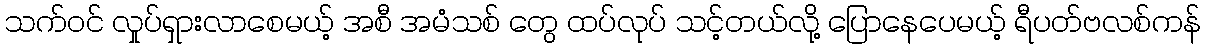
သက်ဝင် လှုပ်ရှားလာစေမယ့် အစီ အမံသစ် တွေ ထပ်လုပ် သင့်တယ်လို့ ပြောနေပေမယ့် ရီပတ်ဗလစ်ကန်